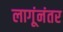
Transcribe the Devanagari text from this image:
लागूंनंतर